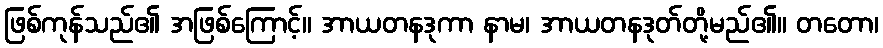
ဖြစ်ကုန်သည်၏ အဖြစ်ကြောင့်။ အာယတနဒုကာ နာမ၊ အာယတနဒုတ်တို့မည်၏။ တတော၊